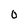
Character: 0